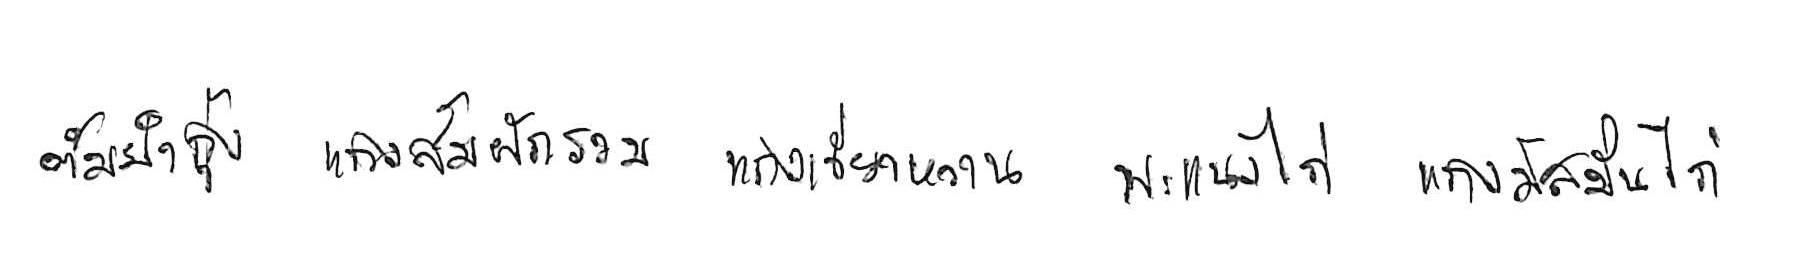
ต้มยำกุ้ง แกงส้มผักรวม แกงเขียวหวาน พะแนงไก่ แกงมัสมั่นไก่